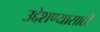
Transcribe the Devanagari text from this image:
उद्देशण्यासाठी